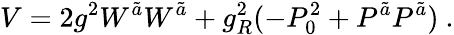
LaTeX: V=2g^{2}W^{\tilde{a}}W^{\tilde{a}}+g_{R}^{2}(-P_{0}^{2}+P^{\tilde{a}}P^{\tilde{a}})\ .